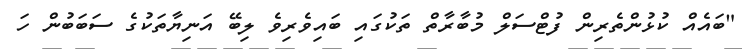
"ބައެއް ކުޅުންތެރިން ފުޓްސަލް މުބާރާތް ތަކުގައި ބައިވެރިވެ ލިބޭ އަނިޔާތަކުގެ ސަބަބުން ހަ